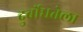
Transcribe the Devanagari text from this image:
दुर्बोधतेला